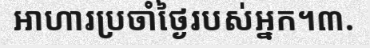
អាហារប្រចាំថ្ងៃរបស់អ្នក។៣.